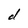
Character: d